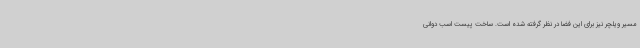
مسیر ویلچر نیز برای این فضا در نظر گرفته شده است. ساخت پیست اسب دوانی